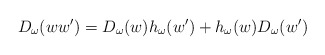
\begin{align*}D_{\omega}(ww')=D_{\omega}(w)h_{\omega}(w')+h_{\omega}(w)D_{\omega}(w')\end{align*}